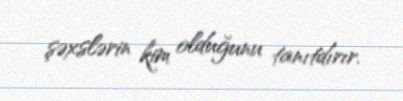
şəxslərin kim olduğunu tanıtdırır.